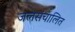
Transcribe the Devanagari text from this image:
जलसंचालित